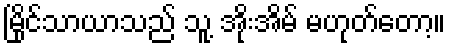
မြိုင်သာယာသည် သူ့ အိုးအိမ် မဟုတ်တော့။